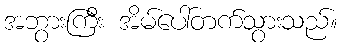
အဘွားကြီး အိမ်ပေါ်တက်သွားသည်။